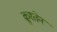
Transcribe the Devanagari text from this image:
क्रुश्तेन